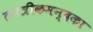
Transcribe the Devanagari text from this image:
तनत्रीकमन्दका